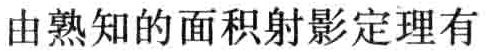
由熟知的面积射影定理有